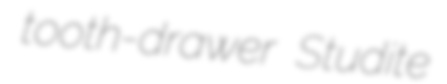
tooth-drawer Studite